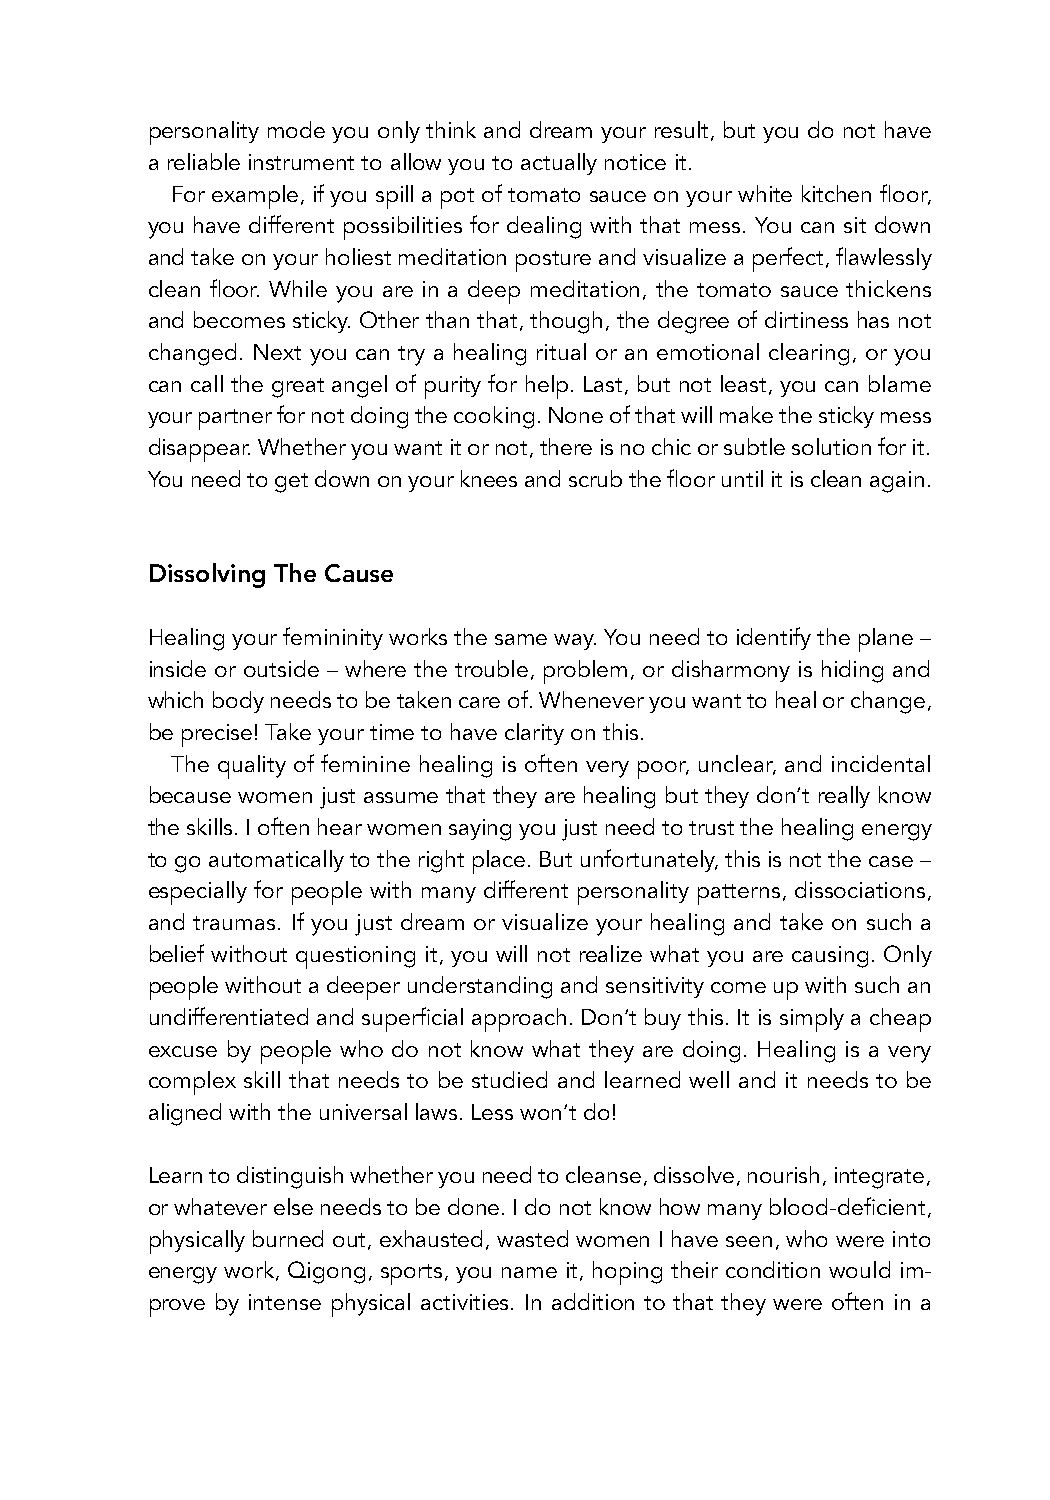
personality mode you only think and dream your result, but you do not have
 a reliable instrument to allow you to actually notice it.
 For example, if you spill a pot of tomato sauce on your white kitchen floor,
 you have different possibilities for dealing with that mess. You can sit down
 and take on your holiest meditation posture and visualize a perfect, flawlessly
 clean floor. While you are in a deep meditation, the tomato sauce thickens
 and becomes sticky. Other than that, though, the degree of dirtiness has not
 changed. Next you can try a healing ritual or an emotional clearing, or you
 can call the great angel of purity for help. Last, but not least, you can blame
 your partner for not doing the cooking. None of that will make the sticky mess
 disappear. Whether you want it or not, there is no chic or subtle solution for it.
 You need to get down on your knees and scrub the floor until it is clean again.
 Dissolving The Cause
 Healing your femininity works the same way. You need to identify the plane –
 inside or outside – where the trouble, problem, or disharmony is hiding and
 which body needs to be taken care of. Whenever you want to heal or change,
 be precise! Take your time to have clarity on this.
 The quality of feminine healing is often very poor, unclear, and incidental
 because women just assume that they are healing but they don’t really know
 the skills. I often hear women saying you just need to trust the healing energy
 to go automatically to the right place. But unfortunately, this is not the case –
 especially for people with many different personality patterns, dissociations,
 and traumas. If you just dream or visualize your healing and take on such a
 belief without questioning it, you will not realize what you are causing. Only
 people without a deeper understanding and sensitivity come up with such an
 undifferentiated and superficial approach. Don’t buy this. It is simply a cheap
 excuse by people who do not know what they are doing. Healing is a very
 complex skill that needs to be studied and learned well and it needs to be
 aligned with the universal laws. Less won’t do!
 Learn to distinguish whether you need to cleanse, dissolve, nourish, integrate,
 or whatever else needs to be done. I do not know how many blood-deficient,
 physically burned out, exhausted, wasted women I have seen, who were into
 energy work, Qigong, sports, you name it, hoping their condition would im-
 prove by intense physical activities. In addition to that they were often in a